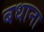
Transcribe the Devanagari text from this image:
बधाना